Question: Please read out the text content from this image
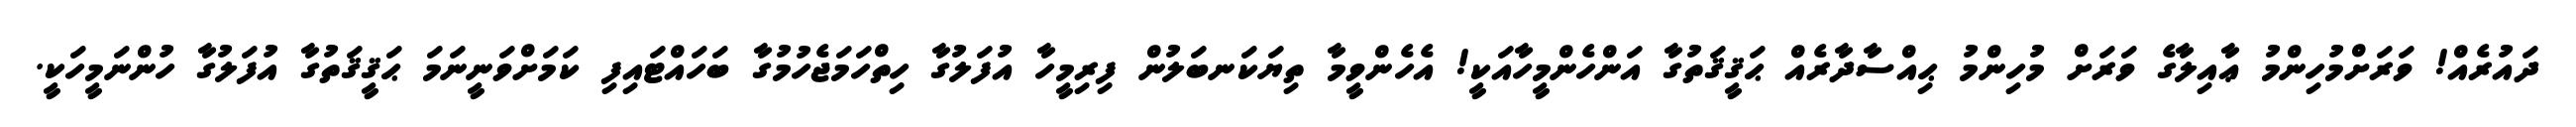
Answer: ދައުރެއް! ވަރަށްމުހިންމު ޢާއިލާގެ ވަރަށް މުހިންމު ޙިއްސާދާރެއް ޙަޤީޤަތުގާ އަންހެންމީހާއަކީ! އެހެންވީމާ ތިޔަކަނބަލުން ފިރިމީހާ އުފަލުގާ ހިތްހަމަޖެހުމުގާ ބަހައްޓައިފި ކަމަށްވަނީނަމަ ޙަޤީޤަތުގާ އުފަލުގާ ހުންނަމީހަކީ.